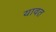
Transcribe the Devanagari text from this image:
यावत